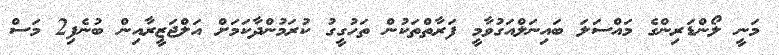
މަނީ ލޯންޑަރިންގެ މައްސަލަ ބައިނަލްއަގުވާމީ ފަރާތްތަކުން ތަހުގީގު ކުރަމުންދާކަމަށް އަލްޖަޒީރާއިން ބުނެފި2 މަސް